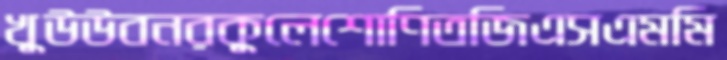
খুউউবনরকুলেশোণিতজিএসএমমি